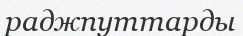
раджпуттарды